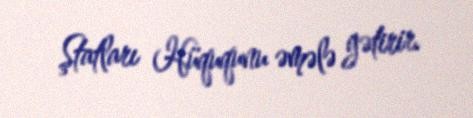
Ştatları Hüququnu əmələ gətirir.